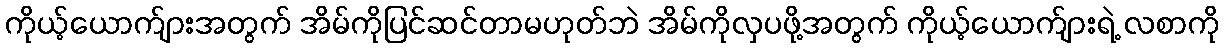
ကိုယ့်ယောက်ျားအတွက် အိမ်ကိုပြင်ဆင်တာမဟုတ်ဘဲ အိမ်ကိုလှပဖို့အတွက် ကိုယ့်ယောက်ျားရဲ့ လစာကို